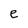
Character: e